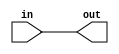
module transmission_gate_delay (
    input wire in,
    output reg out
);

reg gate;

always @(in) begin
    gate <= in;
    out <= gate;
end

endmodule